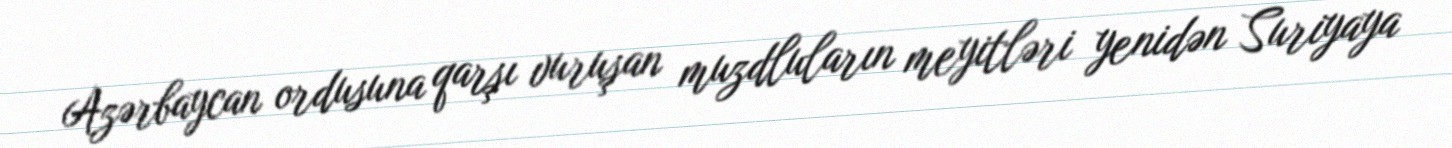
Azərbaycan ordusuna qarşı vuruşan muzdluların meyitləri yenidən Suriyaya